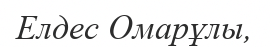
Елдес Омарұлы,